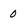
Character: 0